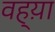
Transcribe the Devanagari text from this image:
वह्य़ा